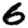
Digit: 6